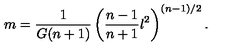
m = \frac { 1 } { G ( n + 1 ) } \left( \frac { n - 1 } { n + 1 } l ^ { 2 } \right) ^ { ( n - 1 ) / 2 } .